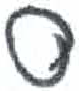
אות: ס